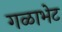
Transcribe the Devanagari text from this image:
गळाभेट